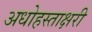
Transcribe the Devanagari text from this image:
अधोहस्ताक्षरी